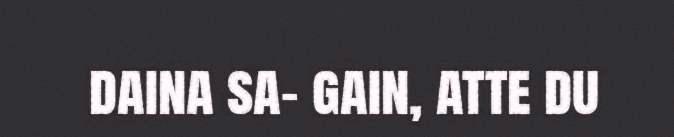
daina sa- gain, atte du